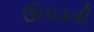
ઊપડતી